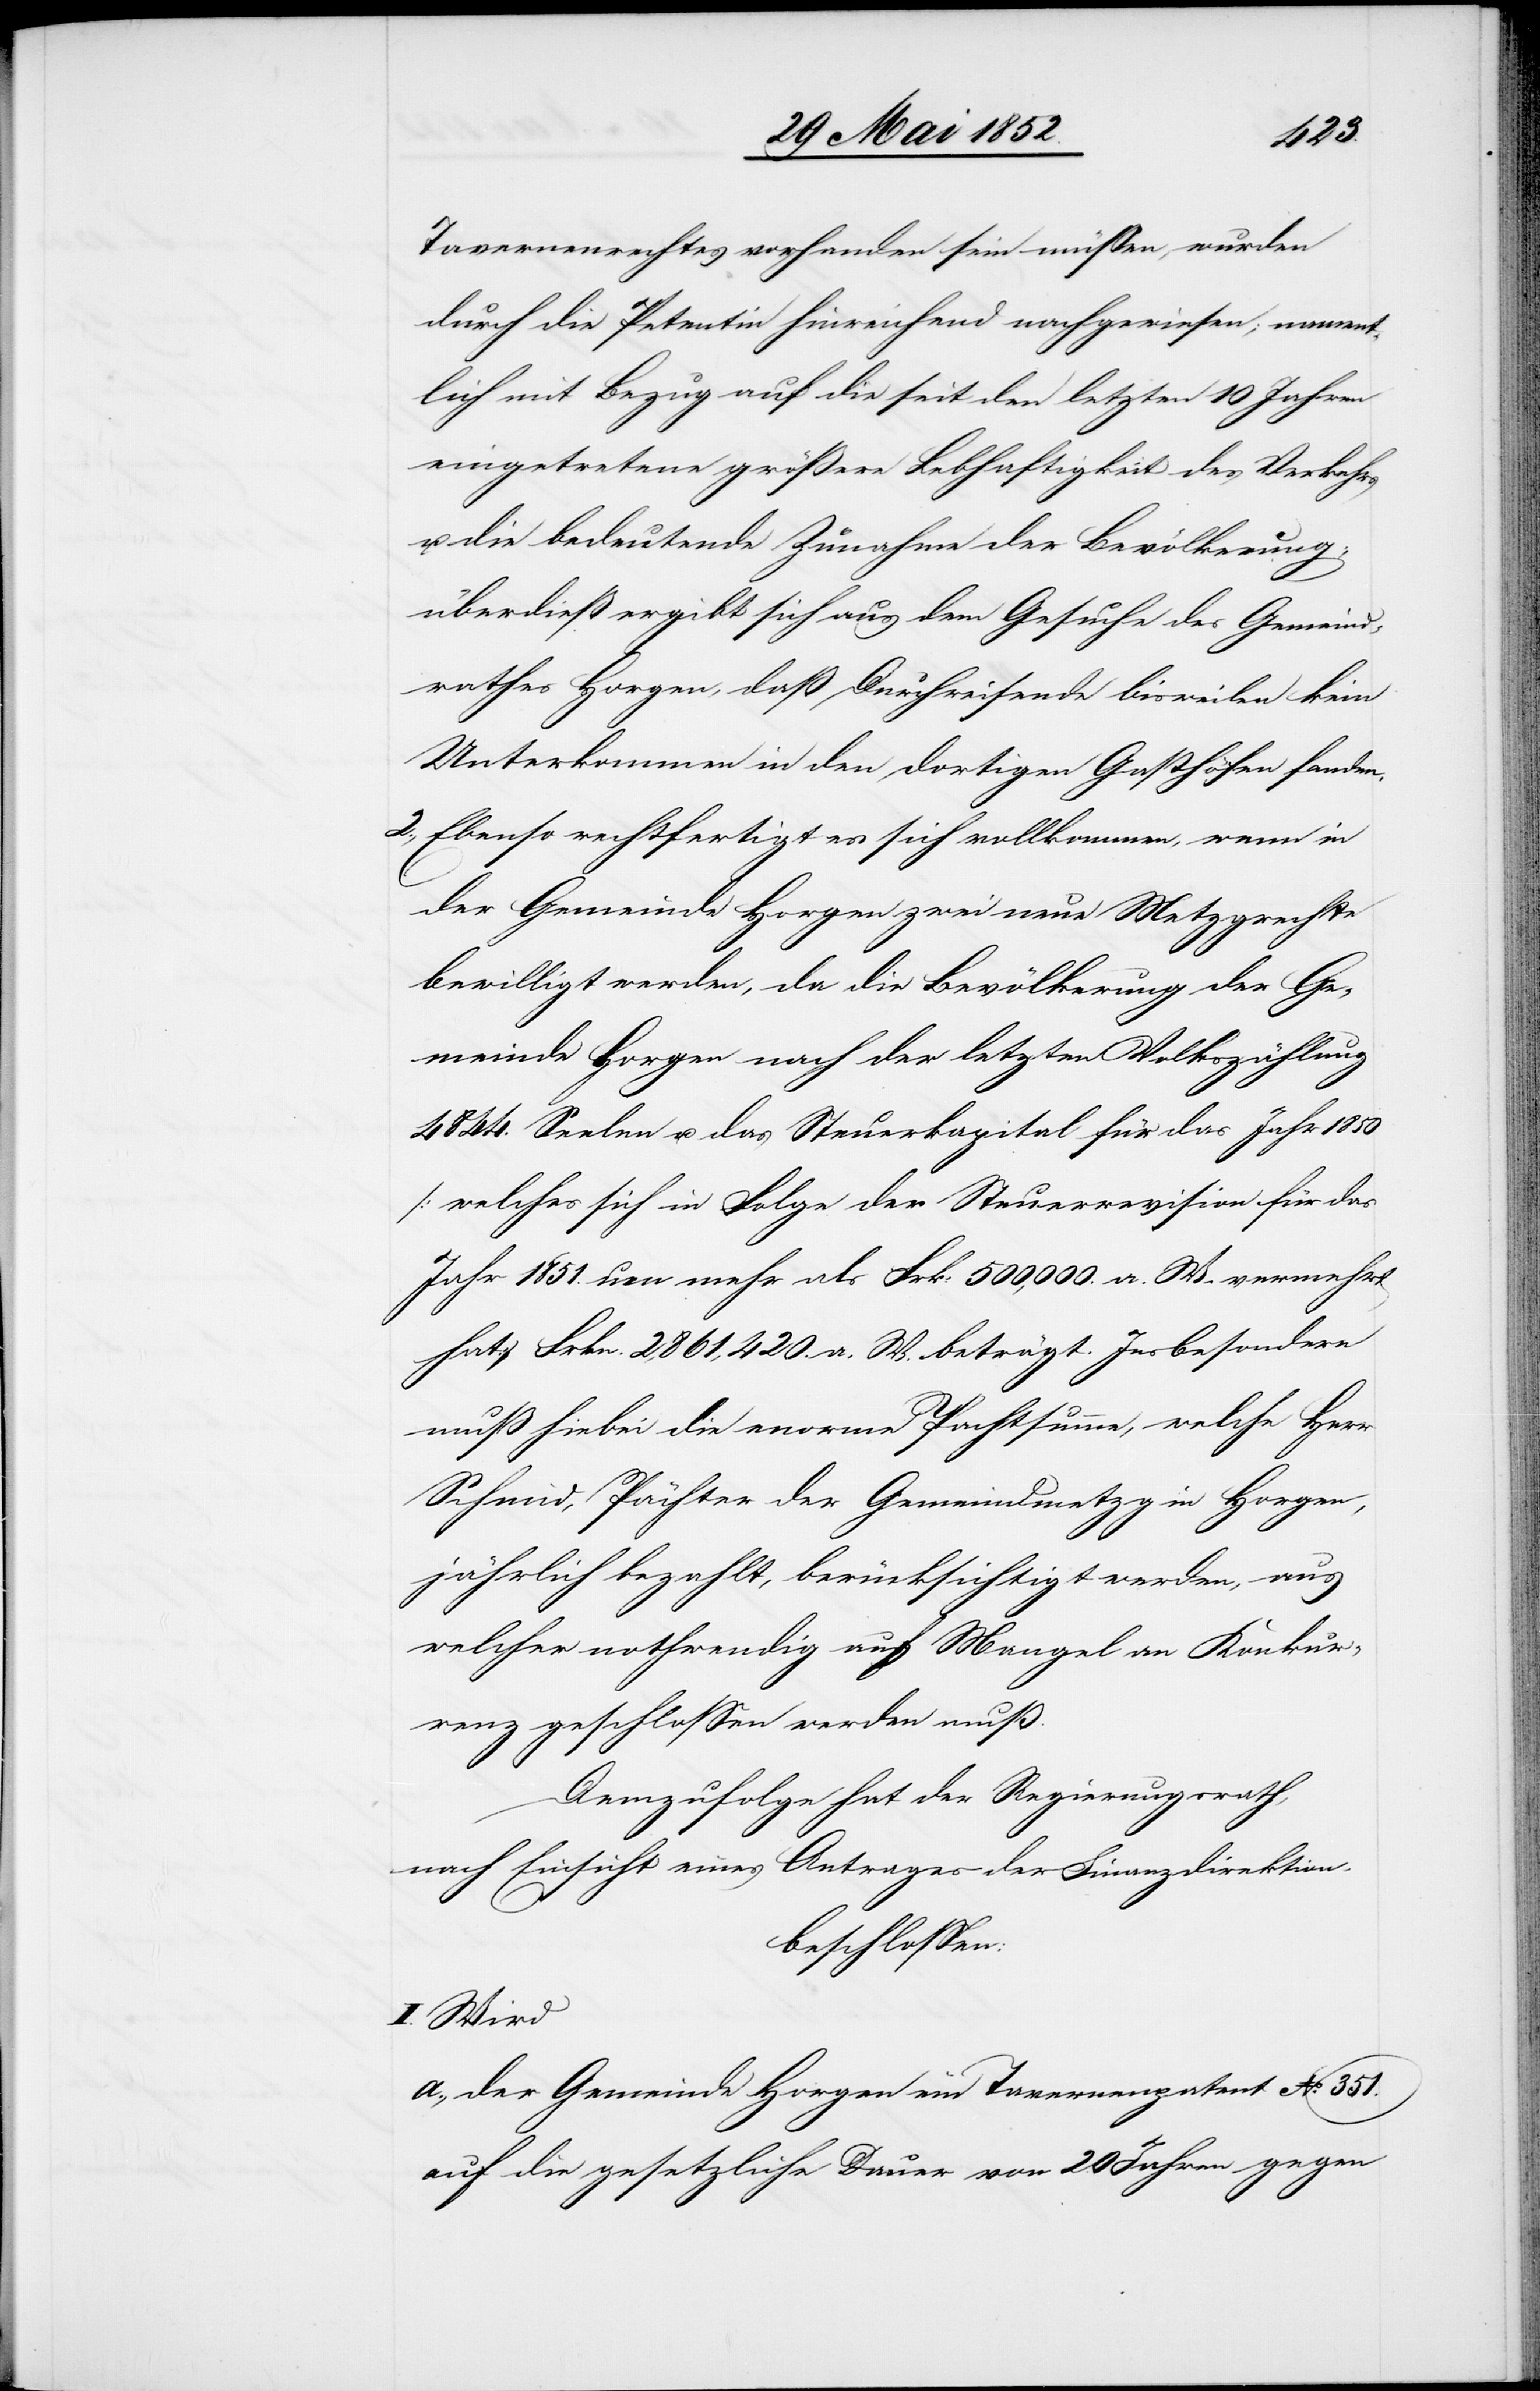
Tavernenrechtes vorhanden sein müssen, wurden
durch die Petentin hinreichend nachgewiesen; nament¬
lich mit Bezug auf die seit den letzten 10 Jahren
eingetretene größere Lebhaftigkeit des Verkehrs
u. die bedeutende Zunahme der Bevölkerung;
überdieß ergibt sich aus dem Gesuche des Gemeind¬
rathes Horgen, daß Durchreisende bisweilen kein
Unterkommen in den dortigen Gasthöfen fanden.
Ebenso rechtfertigt es sich vollkommen, wenn in
der Gemeinde Horgen zwei neue Metzgrechte
bewilligt werden, da die Bevölkerung der Ge¬
meinde Horgen nach der letzten Volkszählung
4844. Seelen u. das Steuerkapital für das Jahr 1850
[welches sich in Folge der Steuerrevision für das
Jahr 1851. um mehr als Frk: 500,000. a. W. vermehrt
hat] Frkn. 2,861,420. a. W. beträgt. Insbesondere
muß hiebei die enorme Pachtsumme, welche Herr
Schmid, Pächter der Gemeindmetzg in Horgen,
jährlich bezahlt, berücksichtigt werden, aus
welcher nothwendig auch Mangel an Konkur¬
renz geschlossen werden muß.
Demzufolge hat der Regierungsrath,
nach Einsicht eines Antrages der Finanzdirektion,
beschlossen:
I. Wird
a., der Gemeinde Horgen ein Tavernenpatent No. 351.
auf die gesetzliche Dauer von 20 Jahren gegen